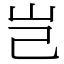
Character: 岂